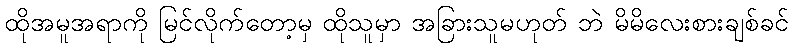
ထိုအမူအရာကို မြင်လိုက်တော့မှ ထိုသူမှာ အခြားသူမဟုတ် ဘဲ မိမိလေးစားချစ်ခင်